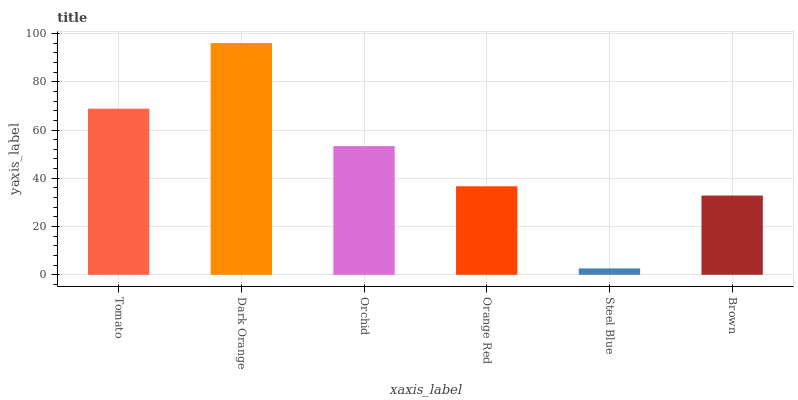
| xaxis_label | bars |
 | --- | --- |
 | Tomato | 68.8 |
 | Dark Orange | 96 |
 | Orchid | 53.3 |
 | Orange Red | 36.7 |
 | Steel Blue | 2.65 |
 | Brown | 32.8 |